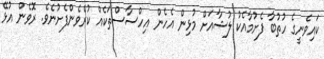
ކައިވެނީގެ ހުތުބާ ފެށުމާއެކު ލުޝާއަށް މުޅިން އެހެން އިހްސާސްތަކެއް ކުރެވެންފެށުނެވެ. ރޮވެން އުޅޭ